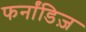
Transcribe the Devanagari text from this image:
फर्नांडिज़